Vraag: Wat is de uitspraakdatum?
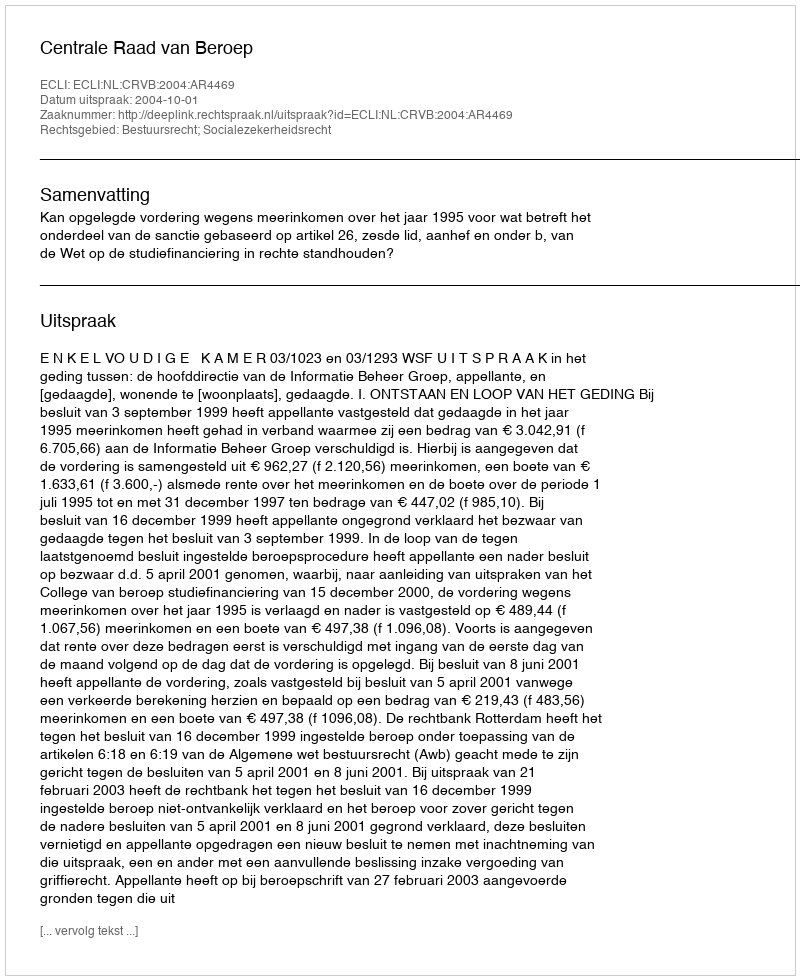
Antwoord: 2004-10-01